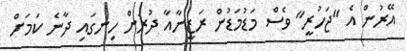
އޭރުން އެ "ޖަހުރީ" ވެސް މަޑުމަޑުން ރަޒީނާއާ ދުރަށް ހިނގައި ދާނެ ކަމަށް